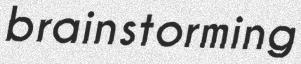
brainstorming